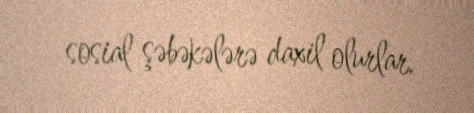
sosial şəbəkələrə daxil olurlar.